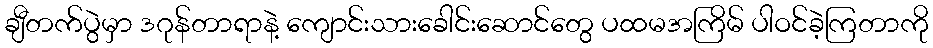
ချီတက်ပွဲမှာ ဒဂုန်တာရာနဲ့ ကျောင်းသားခေါင်းဆောင်တွေ ပထမအကြိမ် ပါဝင်ခဲ့ကြတာကို